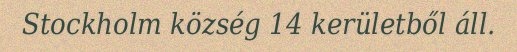
Stockholm község 14 kerületből áll.